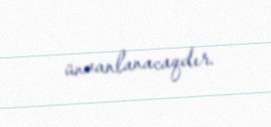
ünvanlanacaqdır.